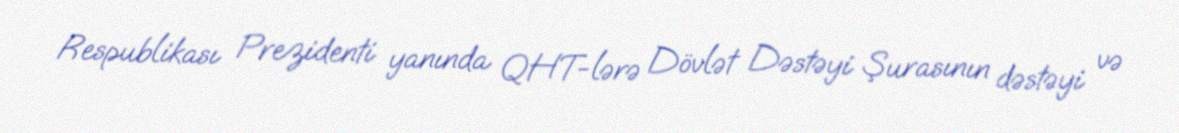
Respublikası Prezidenti yanında QHT-lərə Dövlət Dəstəyi Şurasının dəstəyi və